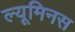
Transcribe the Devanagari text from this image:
ल्यूमिनस